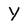
Character: Y